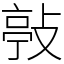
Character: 𢾊